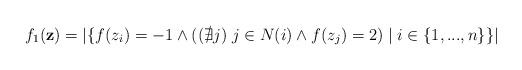
LaTeX: \begin{align*}f_1(\mathbf{z}) = |\{f(z_i)=-1 \land ((\nexists j)\;j \in N(i) \land f(z_j)=2)\;| \; i \in \{1,...,n\}\}|\end{align*}